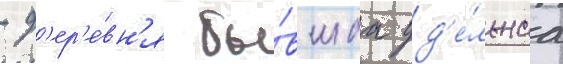
- д'ер'е́вн'я бы́вшаа уд'е́льнаа